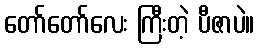
တော်တော်လေး ကြီးတဲ့ ပီဇာပဲ။